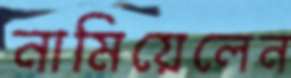
নামিয়েলেন